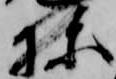
棟